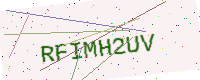
Text: RFIMH2UV